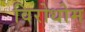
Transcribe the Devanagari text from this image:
विरोधोम